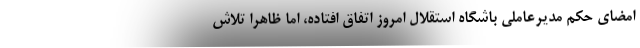
امضای حکم مدیرعاملی باشگاه استقلال امروز اتفاق افتاده، اما ظاهرا تلاش